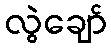
လွဲချော်